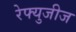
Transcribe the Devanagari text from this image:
रेफ्युजीज